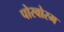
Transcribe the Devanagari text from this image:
पोरवोरम